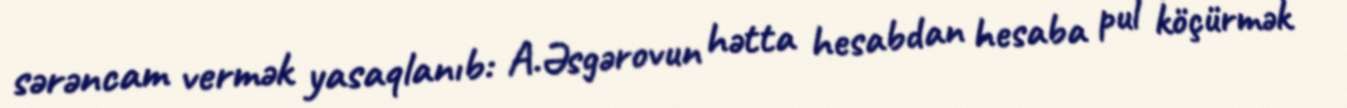
sərəncam vermək yasaqlanıb: A.Əsgərovun hətta hesabdan hesaba pul köçürmək